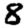
Digit: 8